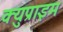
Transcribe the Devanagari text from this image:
क्युप्राइम